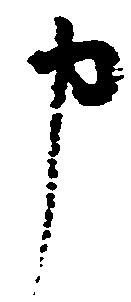
申